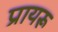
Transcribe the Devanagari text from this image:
प्रायरू